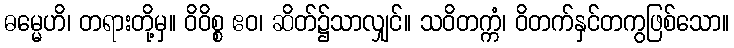
ဓမ္မေဟိ၊ တရားတို့မှ။ ဝိဝိစ္စ ဧဝ၊ ဆိတ်၌သာလျှင်။ သဝိတက္ကံ၊ ဝိတက်နှင်တကွဖြစ်သော။